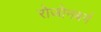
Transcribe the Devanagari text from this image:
रोजोनबर्ग